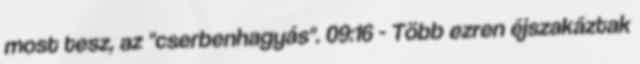
most tesz, az "cserbenhagyás". 09:16 - Több ezren éjszakáztak